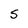
Character: S